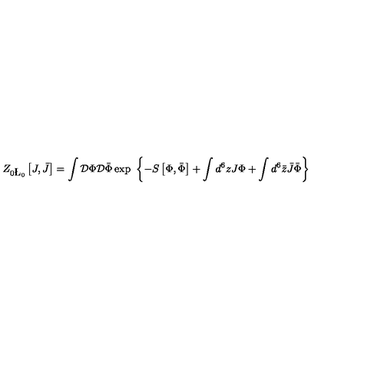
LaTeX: Z _ { 0 \L _ { 0 } } \left[ J , \bar { J } \right] = \int { \cal D } \Phi { \cal D } \bar { \Phi } \exp \ \left\{ - S \left[ \Phi , \bar { \Phi } \right] + \int d ^ { 6 } z J \Phi + \int d ^ { 6 } \bar { z } \bar { J } \bar { \Phi } \right\}